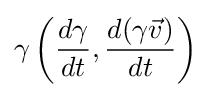
\gamma \left({\frac {d\gamma }{dt}},{\frac {d(\gamma {\vec {v}})}{dt}}\right)